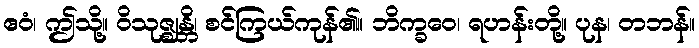
ဧဝံ၊ ဤသို့။ ဝိသုဇ္ဈန္တိ၊ စင်ကြယ်ကုန်၏။ ဘိက္ခဝေ၊ ရဟန်းတို့။ ပုန၊ တဘန်။